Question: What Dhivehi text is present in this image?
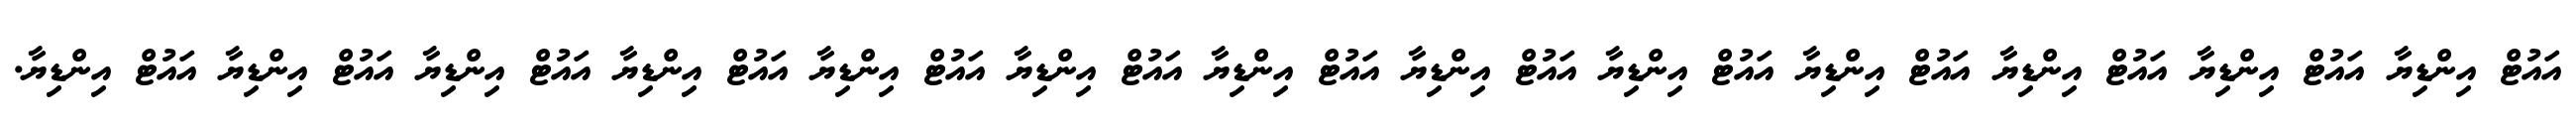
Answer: އައުޓް އިންޑިޔާ އައުޓް އިންޑިޔާ އައުޓް އިންޑިޔާ އައުޓް އިންޑިޔާ އައުޓް އިންޑިޔާ އައުޓް އިންޑިޔާ އައުޓް އިންޑިޔާ އައުޓް އިންޑިޔާ އައުޓް އިންޑިޔާ އައުޓް އިންޑިޔާ އައުޓް އިންޑިޔާ އައުޓް އިންޑިޔާ އައުޓް އިންޑިޔާ.